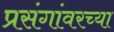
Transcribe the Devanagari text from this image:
प्रसंगांवरच्या